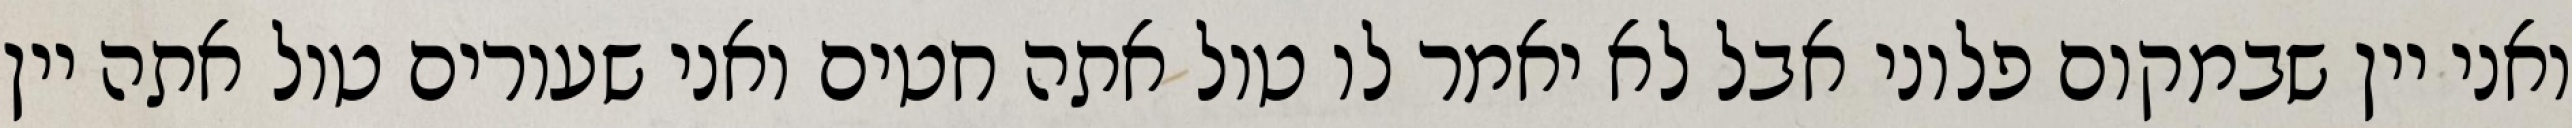
ואני יין שבמקום פלוני אבל לא יאמר לו טול אתה חטים ואני שעורים טול אתה יין